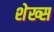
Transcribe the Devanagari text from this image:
शेख्स